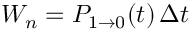
W _ { n } = P _ { 1 \rightarrow 0 } ( t ) \, \Delta t